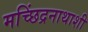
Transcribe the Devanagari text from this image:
मच्छिंद्रनाथाशी